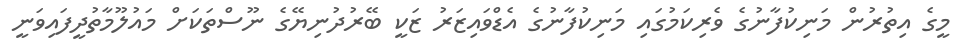
މީގެ އިތުރުން މަނިކުފާނުގެ ވެރިކަމުގަައި މަނިކުފާނުގެ އެޑްވައިޒަރު ޒަކީ ބޭރުދުނިޔޭގެ ނޫސްތަކަށް މައުލޫމާތުދީފައިވަނީ